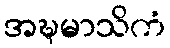
အဍ္ဎမာသိကံ